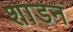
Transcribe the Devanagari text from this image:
शाडन